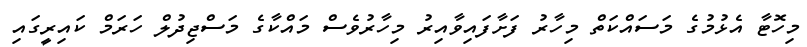
މިހޮޓާ އެޅުމުގެ މަސައްކަތް މިހާރު ފަށާފައިވާއިރު މިހާރުވެސް މައްކާގެ މަސްޖިދުލް ހަރަމް ކައިރީގައި